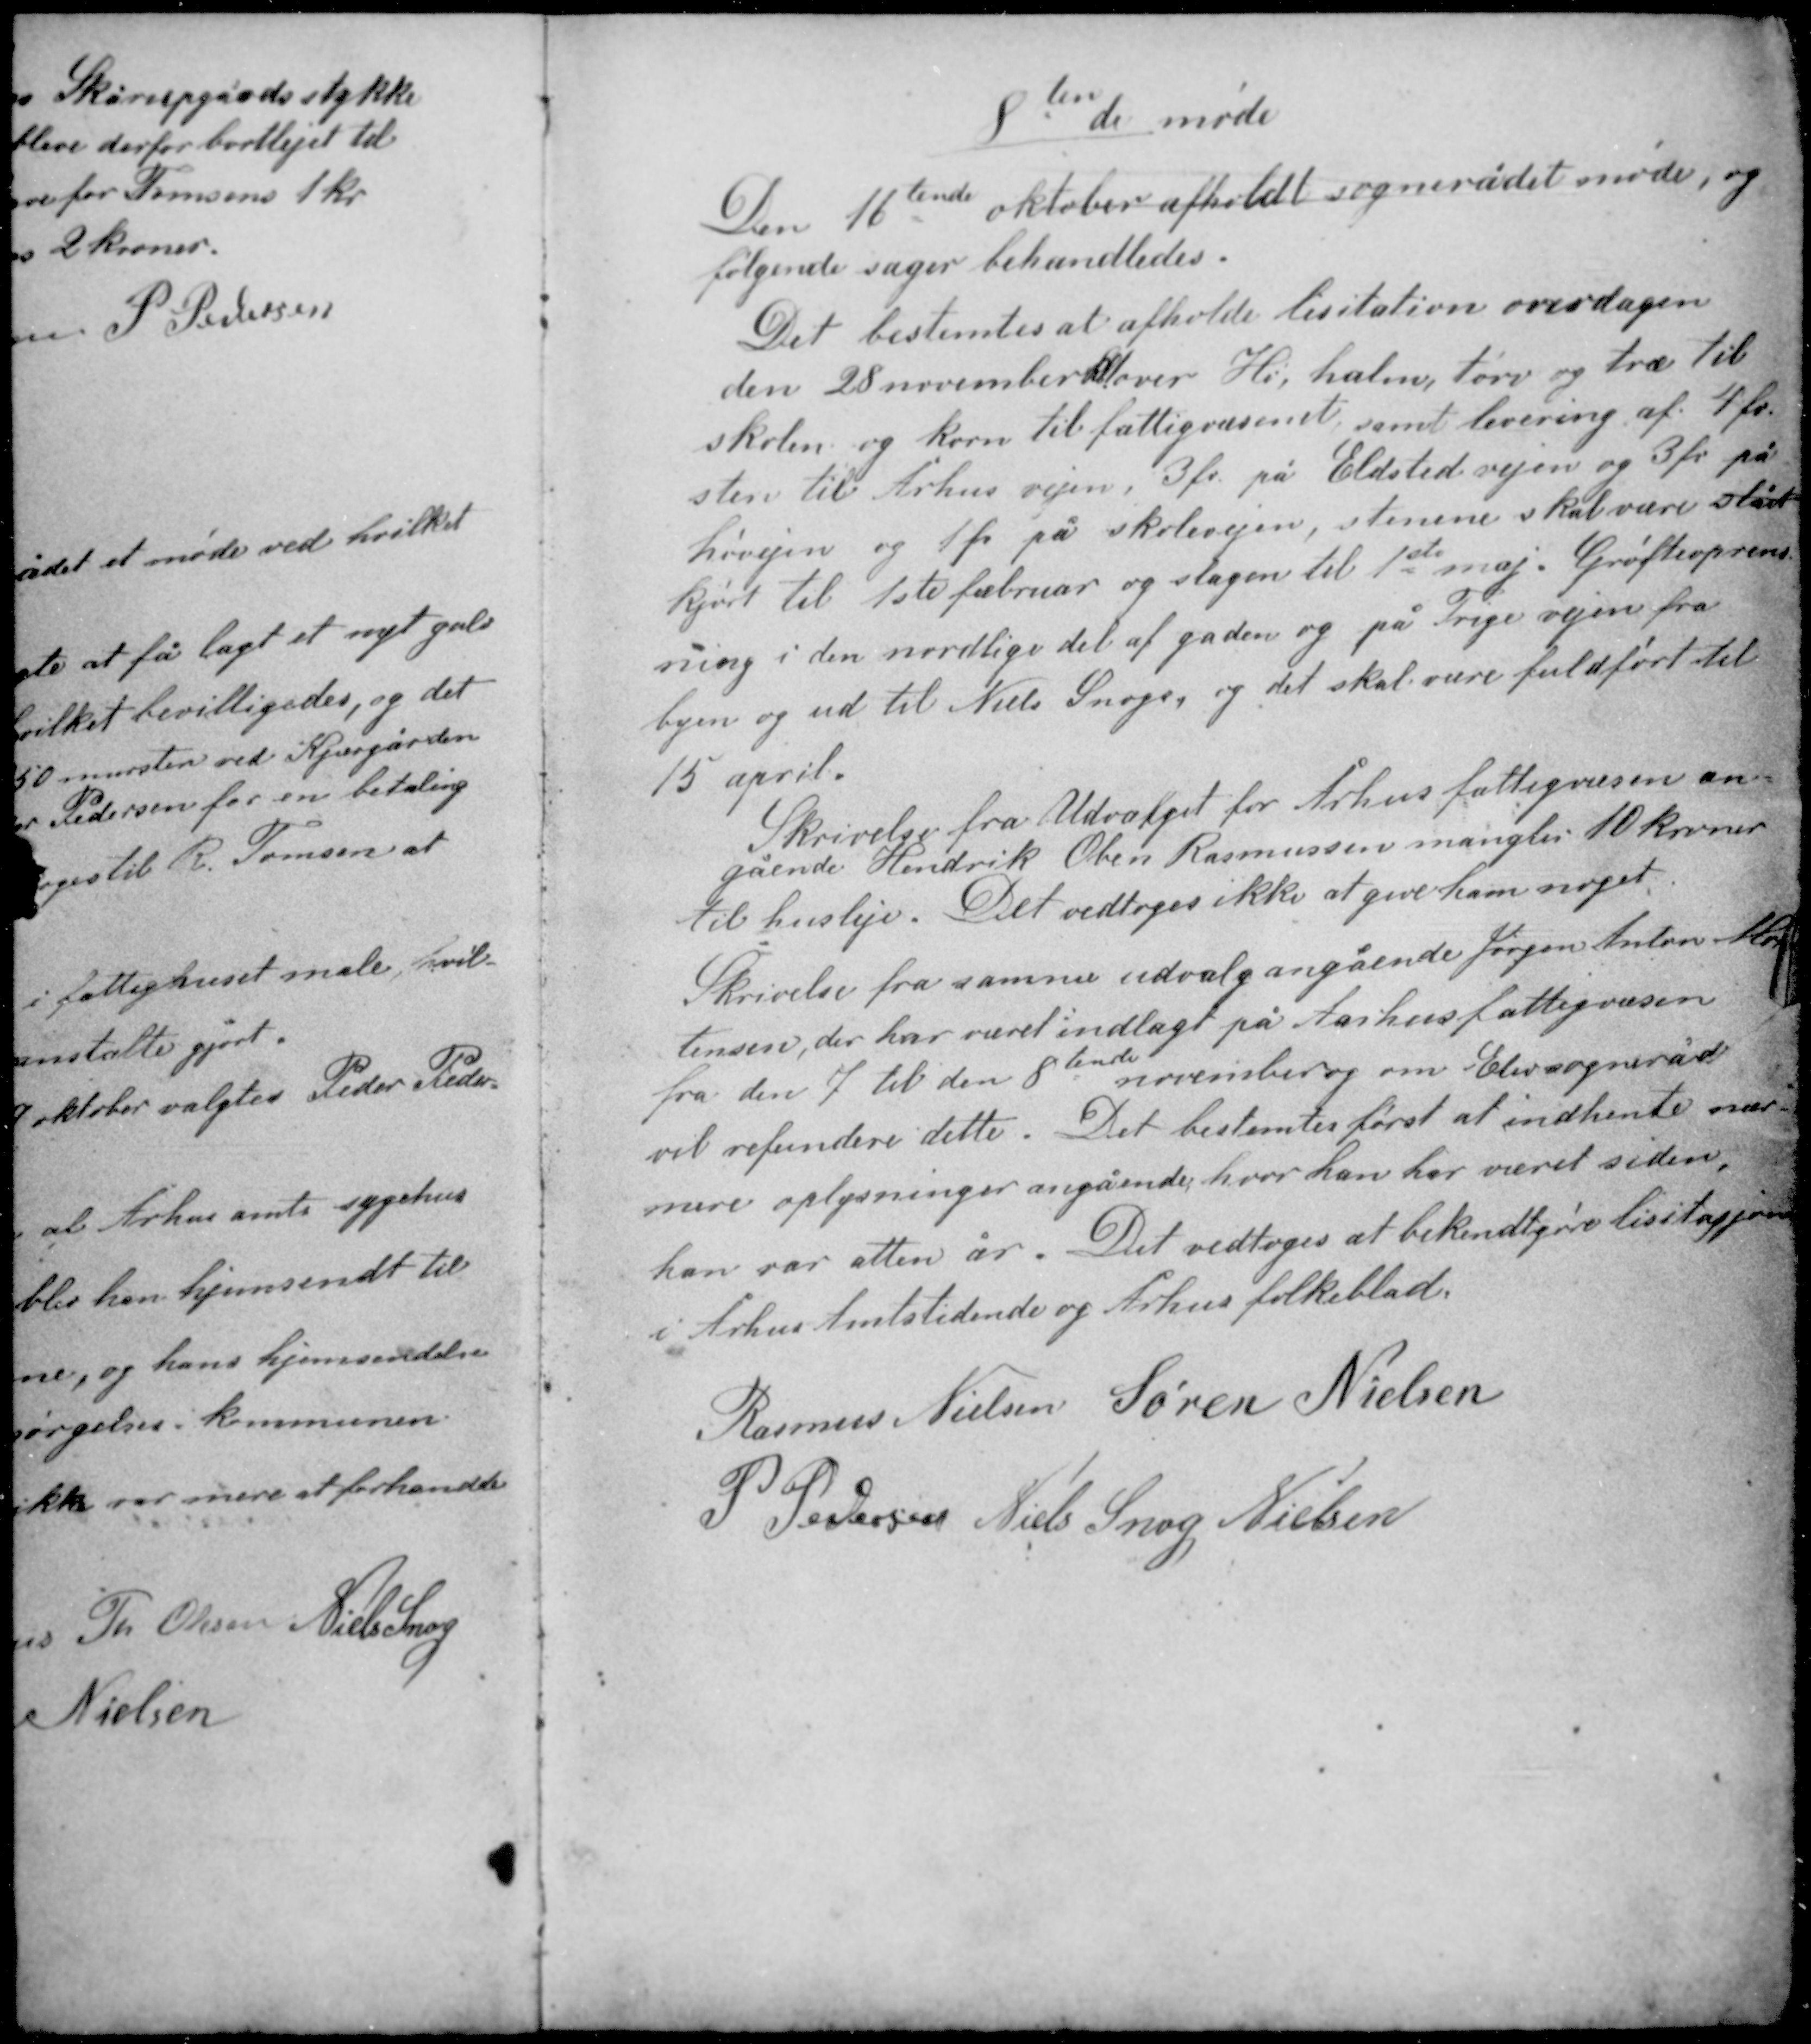
Transskription:
8ten de møde

Den 16tende oktober afholdt sognerådet møde, og
følgende sager behandledes.

Det bestemtes at afholde lisitation overdagen
den 28. november. Kløver Hø, halm, tørv og træ til
skolen og korn til fattigvæsenet samt levering af 4 fv.
sten til Århus vejen 3 fv. på Elsted vejen og 3 fv. på
Høvejen og 1 fv. på skolevejen, stenene skal være slået
kjørt til 1ste februar og slagen til 1ste maj. Grøfteoprens-
ning i den nordlige del af gaden og på Trige vejen fra
byen og ud til Niels Snogs, og det skal være fuldført til
15. april.

Skrivelse fra Udvalget for Århus fattigvæsen an-
gående Hendrik Oben Rasmussen mangler 10 kroner
til husleje. Det vedtoges ikke at give ham noget.

Skrivelse fra samme udvalg angående Jørgen Anton Mor-
tensen, der har været indlagt på Aarhus fattigvæsen
fra den 7 til den 8 tende november og om Elev sogneråd
vil refundere dette. Det bestemtes først at indhente nær-
mere oplysninger angående hvor han har været siden
han var atten år. Det vedtoges at bekendtgøre lisitasjonen
i Århus Amtstidende og Århus folkeblad.

Rasmus Nielsen Søren Nielsen
P. Pedersen Niels Snog Nielsen